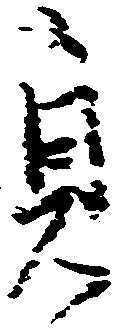
貞